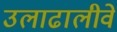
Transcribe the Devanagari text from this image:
उलाढालीवे